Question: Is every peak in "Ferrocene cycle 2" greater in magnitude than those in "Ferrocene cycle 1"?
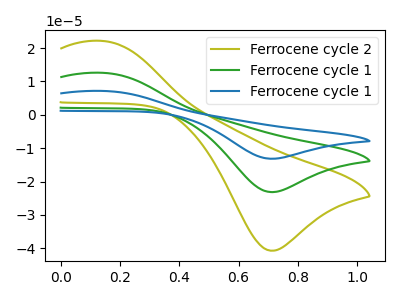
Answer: <think>The olive curve "Ferrocene cycle 2" has an anodic peak at (0.15V, 22.15uA) and a cathodic peak at (0.70V, -40.70uA). The green curve "Ferrocene cycle 1" has an anodic peak at (0.15V, 12.60uA) and a cathodic peak at (0.70V, -23.15uA). The blue curve "Ferrocene cycle 1" has an anodic peak at (0.15V, 25.15uA) and a cathodic peak at (0.70V, -46.30uA).</think>
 <answer>Every peak in "Ferrocene cycle 2" is higher than every peak in "Ferrocene cycle 1".</answer>
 <eval>higher</eval>